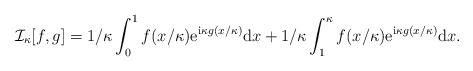
LaTeX: \begin{align*}\mathcal{I}_\kappa[f,g]=1/\kappa\int_0^1f(x/\kappa){\rm e}^{{\rm i}\kappa g(x/\kappa)}{\rm d}x+1/\kappa\int_1^\kappa f(x/\kappa){\rm e}^{{\rm i}\kappa g(x/\kappa)}{\rm d}x.\end{align*}